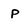
Character: P